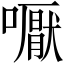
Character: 嚈